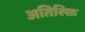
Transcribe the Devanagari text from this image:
अतिस्क्ति